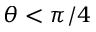
\theta < \pi / 4